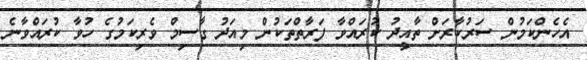
އެހެންކަމުން ސަރުކާރަށް ތާއީދު ކުރައްވާ ފަރާތްތަކުން މިއަދު ގާސިމް ވެރިކަމުގެ ހުވާ ކުރައްވާނެ